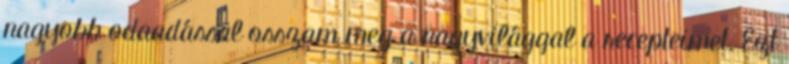
nagyobb odaadással osszam meg a nagyvilággal a recepteimet. Ezt